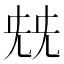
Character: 兓